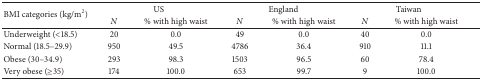
<table><thead><tr><td rowspan="2"><b>BMI categories (kg/m<sup>2</sup>)</b></td><td colspan="2"><b>US</b></td><td colspan="2"><b>England</b></td><td colspan="2"><b>Taiwan</b></td></tr><tr><td><b><i>N </i></b></td><td><b>% with high waist</b></td><td><b><i>N </i></b></td><td><b>% with high waist</b></td><td><b><i>N </i></b></td><td><b>% with high waist</b></td></tr></thead><tbody><tr><td>Underweight (&lt;18.5)</td><td>20</td><td>0.0</td><td>49</td><td>0.0</td><td>40</td><td>0.0</td></tr><tr><td>Normal (18.5–29.9)</td><td>950</td><td>49.5</td><td>4786</td><td>36.4</td><td>910</td><td>11.1</td></tr><tr><td>Obese (30–34.9)</td><td>293</td><td>98.3</td><td>1503</td><td>96.5</td><td>60</td><td>78.4</td></tr><tr><td>Very obese (≥35)</td><td>174</td><td>100.0</td><td>653</td><td>99.7</td><td>9</td><td>100.0</td></tr></tbody></table>